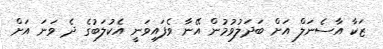
ޒަކާ އާސެނަލް އަށް ބަދަލުވުމުން އޭނާ ވެފައިވަނީ އެކުލަބުގެ ދެ ވަނަ އަށް